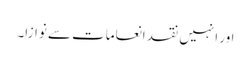
اور انہیں نقد انعامات سے نوازا۔